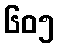
၆၀၅